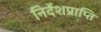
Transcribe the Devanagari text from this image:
निर्देशप्राप्ति